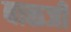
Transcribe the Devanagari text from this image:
बाळजी